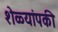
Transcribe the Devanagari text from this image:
शेळ्यांपकी